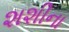
શશીના